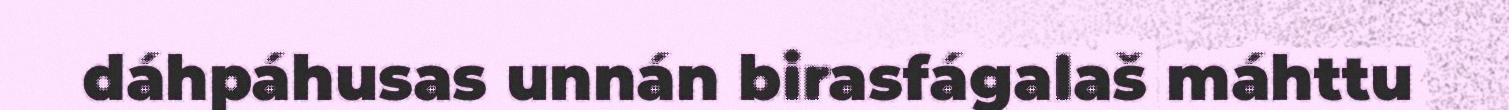
dáhpáhusas unnán birasfágalaš máhttu